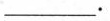
___.